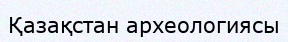
Қазақстан археологиясы